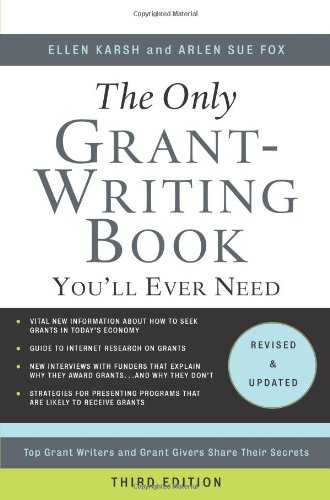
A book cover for The Only Grant-Writing Book You'll Ever Need: Top Grant Writers and Grant Givers Share Their Secrets; Ellen Karsh; Computers & Technology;